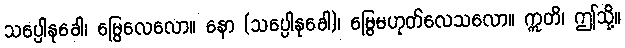
သပ္ပေါနုခေါ၊ မြွေလေလော။ နော (သပ္ပေါနုခေါ)၊ မြွေမဟုတ်လေသလော။ ဣတိ၊ ဤသို့။